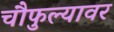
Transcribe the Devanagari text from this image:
चौफुल्यावर